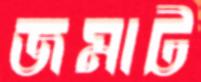
জমাট